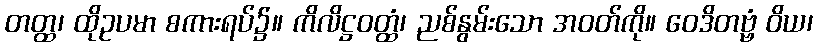
တတ္ထ၊ ထိုဥပမာ စကားရပ်၌။ ကိလိဋ္ဌဝတ္ထံ၊ ညစ်နွမ်းသော အဝတ်ကို။ ဝေဒိတဗ္ဗံ ဝိယ၊